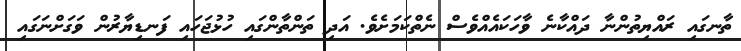
ތާނގައި ރައްޔިތުންނާ ދައްކާނެ ވާހަކައެއްވެސް ނެތްކަމަށެވެ. އަދި ތަންތާންގައި ހުޅުޖަހައި ފަނޑިޔާރުން ވަގަށްނަގައި